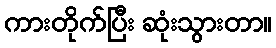
ကားတိုက်ပြီး ဆုံးသွားတာ။